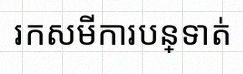
រកសមីការបន្ទាត់